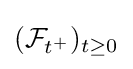
({\mathcal {F}}_{t^{+}})_{t\geq 0}